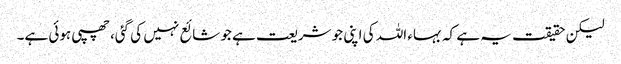
لیکن حقیقت یہ ہے کہ بہاء اللہ کی اپنی جو شریعت ہے جو شائع نہیں کی گئی، چھپی ہوئی ہے۔